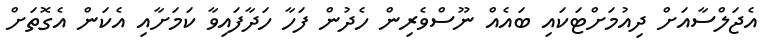
އެޖަލްސާއަށް ދިއުމަށްޓަކައި ބައެއް ނޫސްވެރިން ހެދުން ފަހާ ހަދާފައިވާ ކަމަށާއި އެކަން އެގޮތަށް